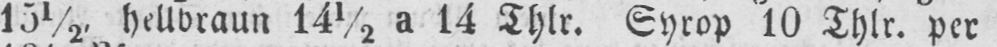
15½, hellbraun 14½ a 14 Thlr. Syrop 10 Thlr. per